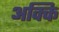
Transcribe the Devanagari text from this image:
अक्कि